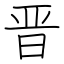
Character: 晋